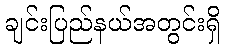
ချင်းပြည်နယ်အတွင်းရှိ